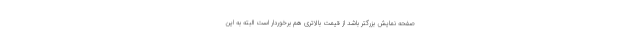
صفحه نمایش بزرگتر باشد از قیمت بالاتری هم برخوردار است البته به این